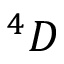
^ 4 D